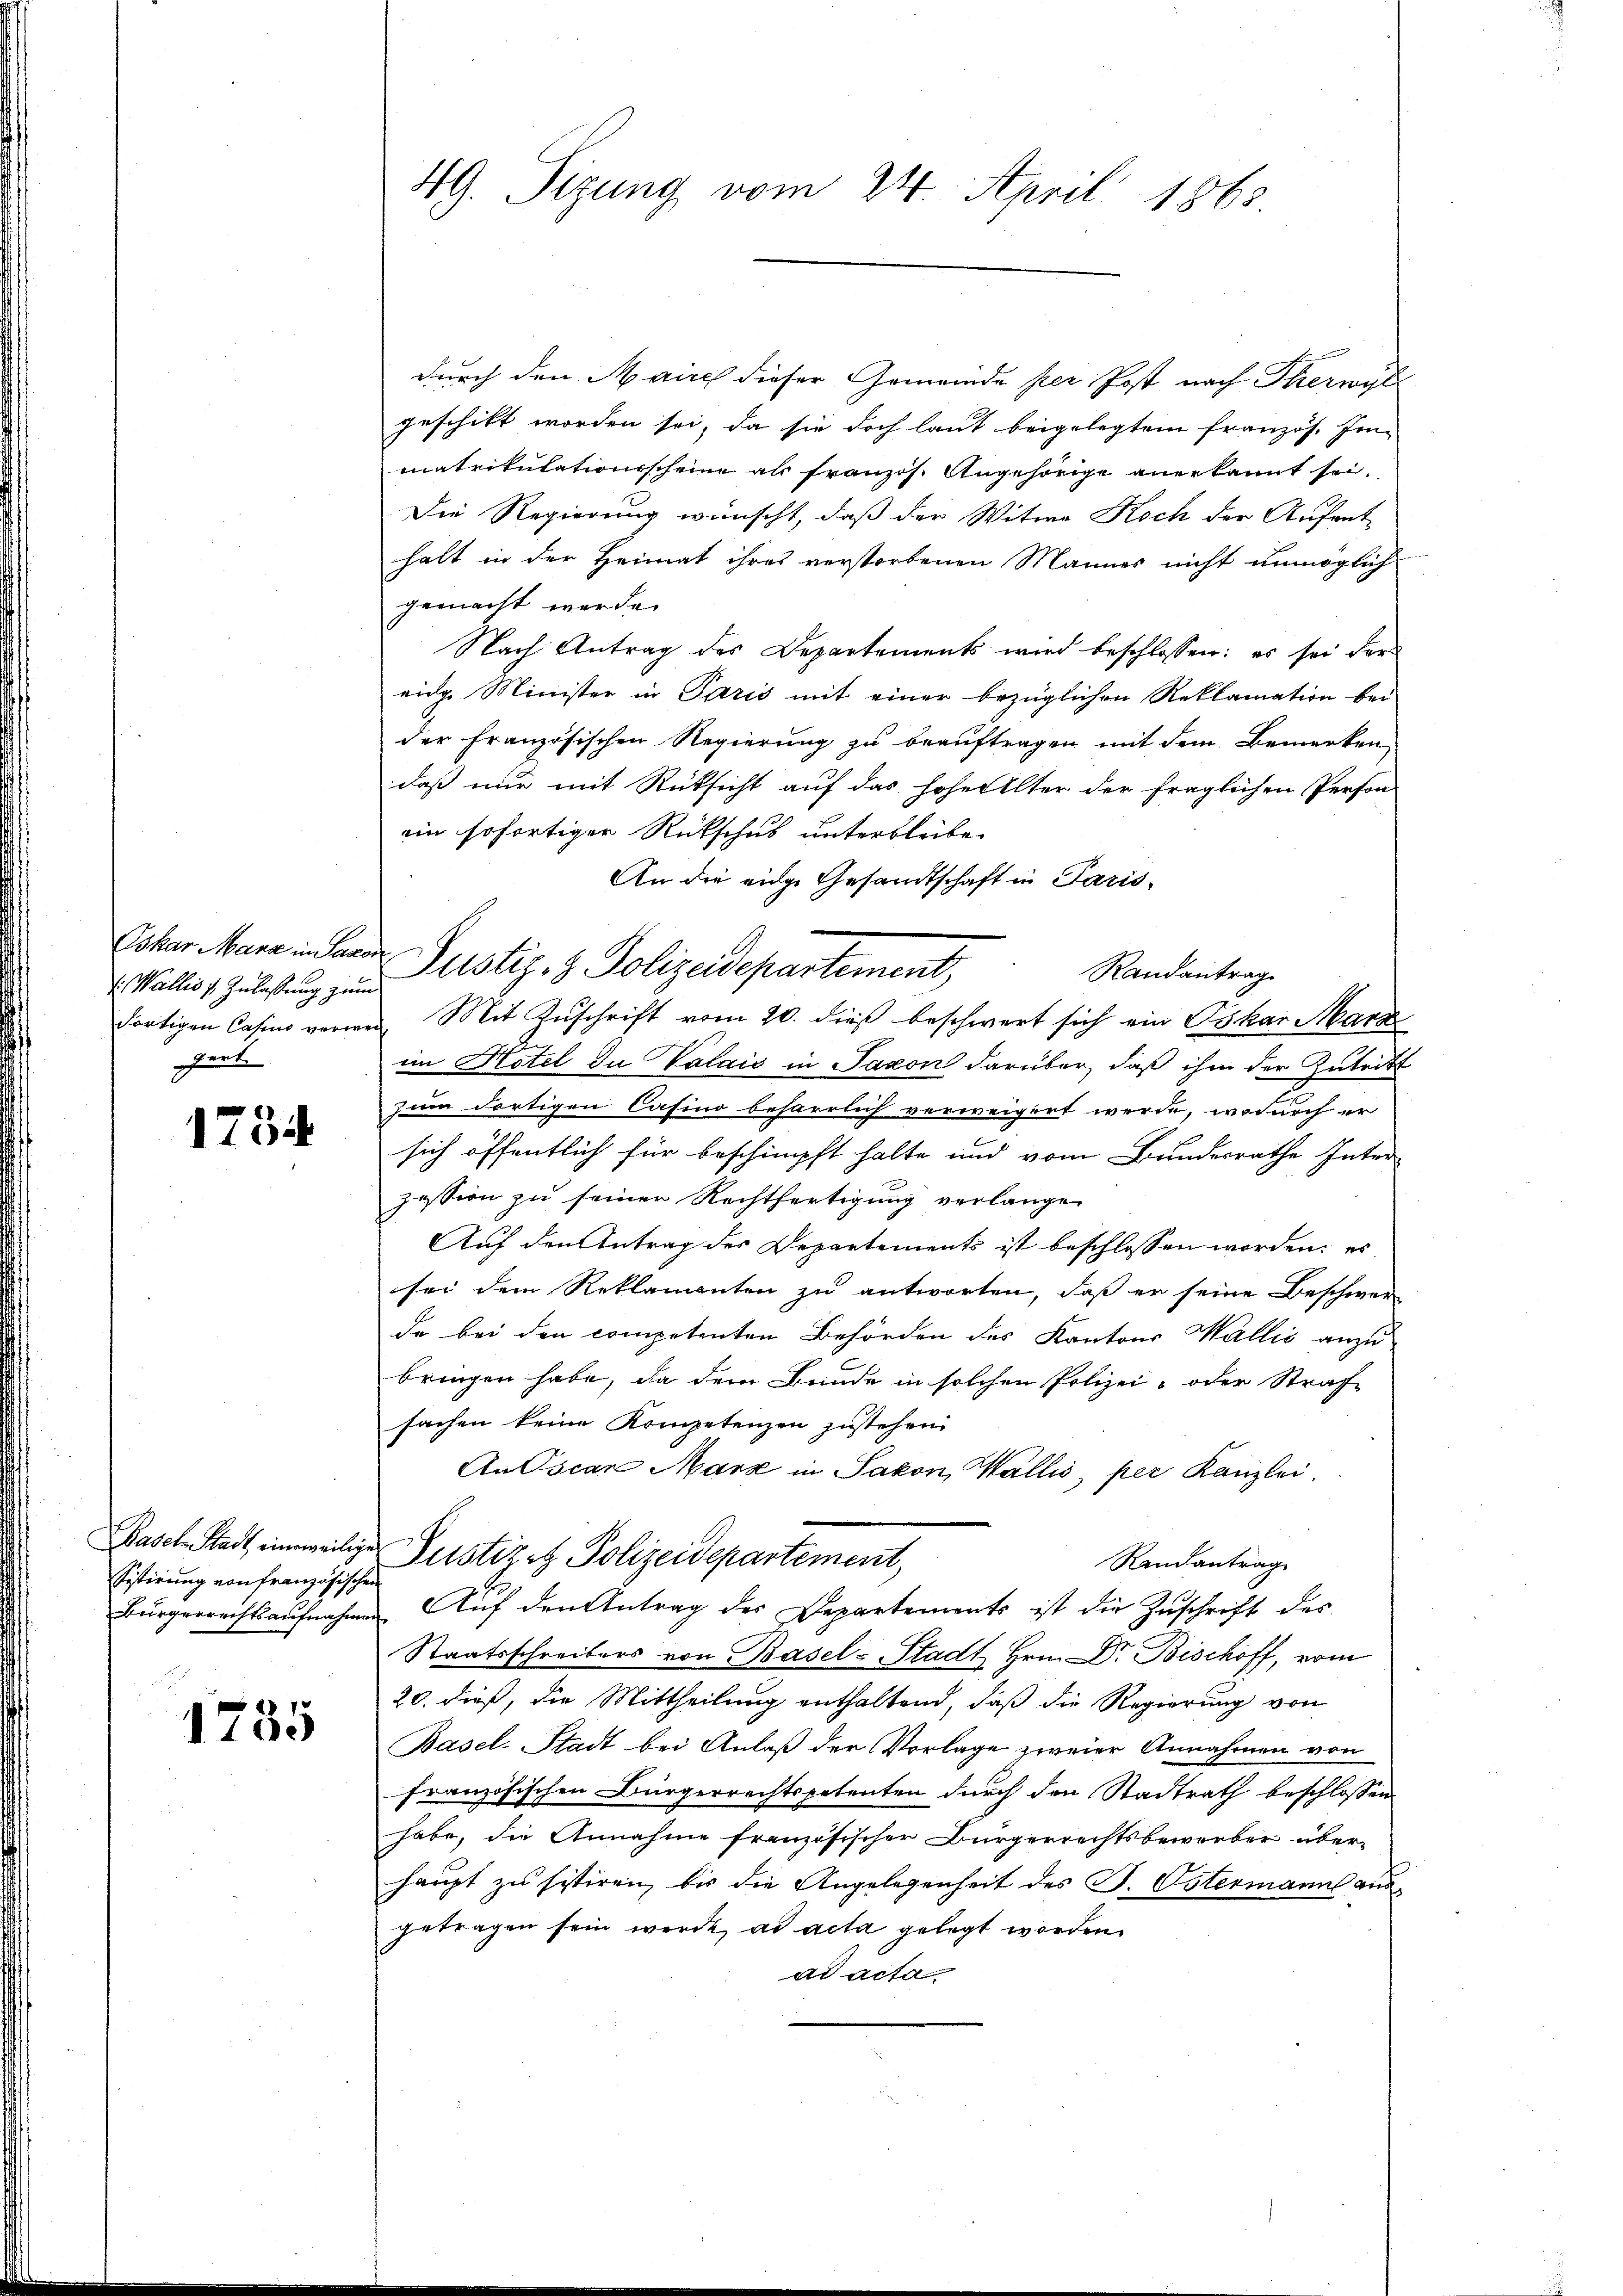
Oskar Manz in Saxo
v. Wallis s. Zulassung zum
dortigen Casino verwe
gert

1734

Paschen Stadt eineweilig
Sistirung von Französische
Bürgerrechtsaufnahm

1735

49. Sizung vom 24. April 1863

durch den Maires dieser Gemeinde per Post nach Thereybe
geschikt worden sei, da sie doch laut beigelegtem französ. Im-
matrikulationsscheine als französ. Angehörige anerkannt sei.
Die Regierung wünscht, daß der Witwe Koch der Aufent-
halt in der Heimat ihres verstorbenen Mannes nicht unmöglich
gemacht werde.
Nach Antrag des Departements wird beschlossen: es sei der
eige Minister in Paris mit einer bezüglichen Reklamation bei
der Französischen Regierung zu beauftragen mit dem Bemerken
daß nur mit Rücksicht auf das hoher Elter der fraglichen Person
ein sofortiger Rückschub unterbleibe
An die eine Gesandtschaft in Paris
Randantrag
Mit Zuschrift vom 20. dieß beschwert sich ein Oskar Marz
im Hotel du Valais in Jacon darüber, daß ihm der Zutritt
zum dortigen Casino beharrlich verweigirt werde, wodurch er
sich öffentlich für beschimpft halte und vom Bundesrathe Inter
zession zu seiner Rechtfertigung verlangen
Auf den Antrag des Departements ist beschlossen worden; es
sei dem Reklamenten zu antworten, daß er seine Beschwer
da bei den competenten Behörden des Kantons Wallis anzubringen habe, da dem Bunde in solchen Polizei- oder Straf
sachen keine Kompetenzen zustehen
An Oscan Marz in Sakon, Wallis, per Kanzlei.
Justizez Polizeidepartement,
Randantrag
Auf den Antrag des Departements ist die Zuschrift des
Staatsschreibers von Basel-Stadt Hrn. Dr. Bischoff, vom
20. dieß, die Mittheilung enthaltend, daß die Regierung von
Basel-Stadt bei Anlaß der Vorlage zweier Annahmen von
französischen Bürgerrechtspetenten durch den Stadtrath beschlossen
habe, die Annahme französischer Bürgerrechtsbewerber überhaupt zu sistiren, bis die Angelegenheit des P. Ostermann ausgetragen sein werde, ad acta gelegt worden.
ad acta

Justiz- & Polizeidepartement,